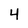
Character: 4